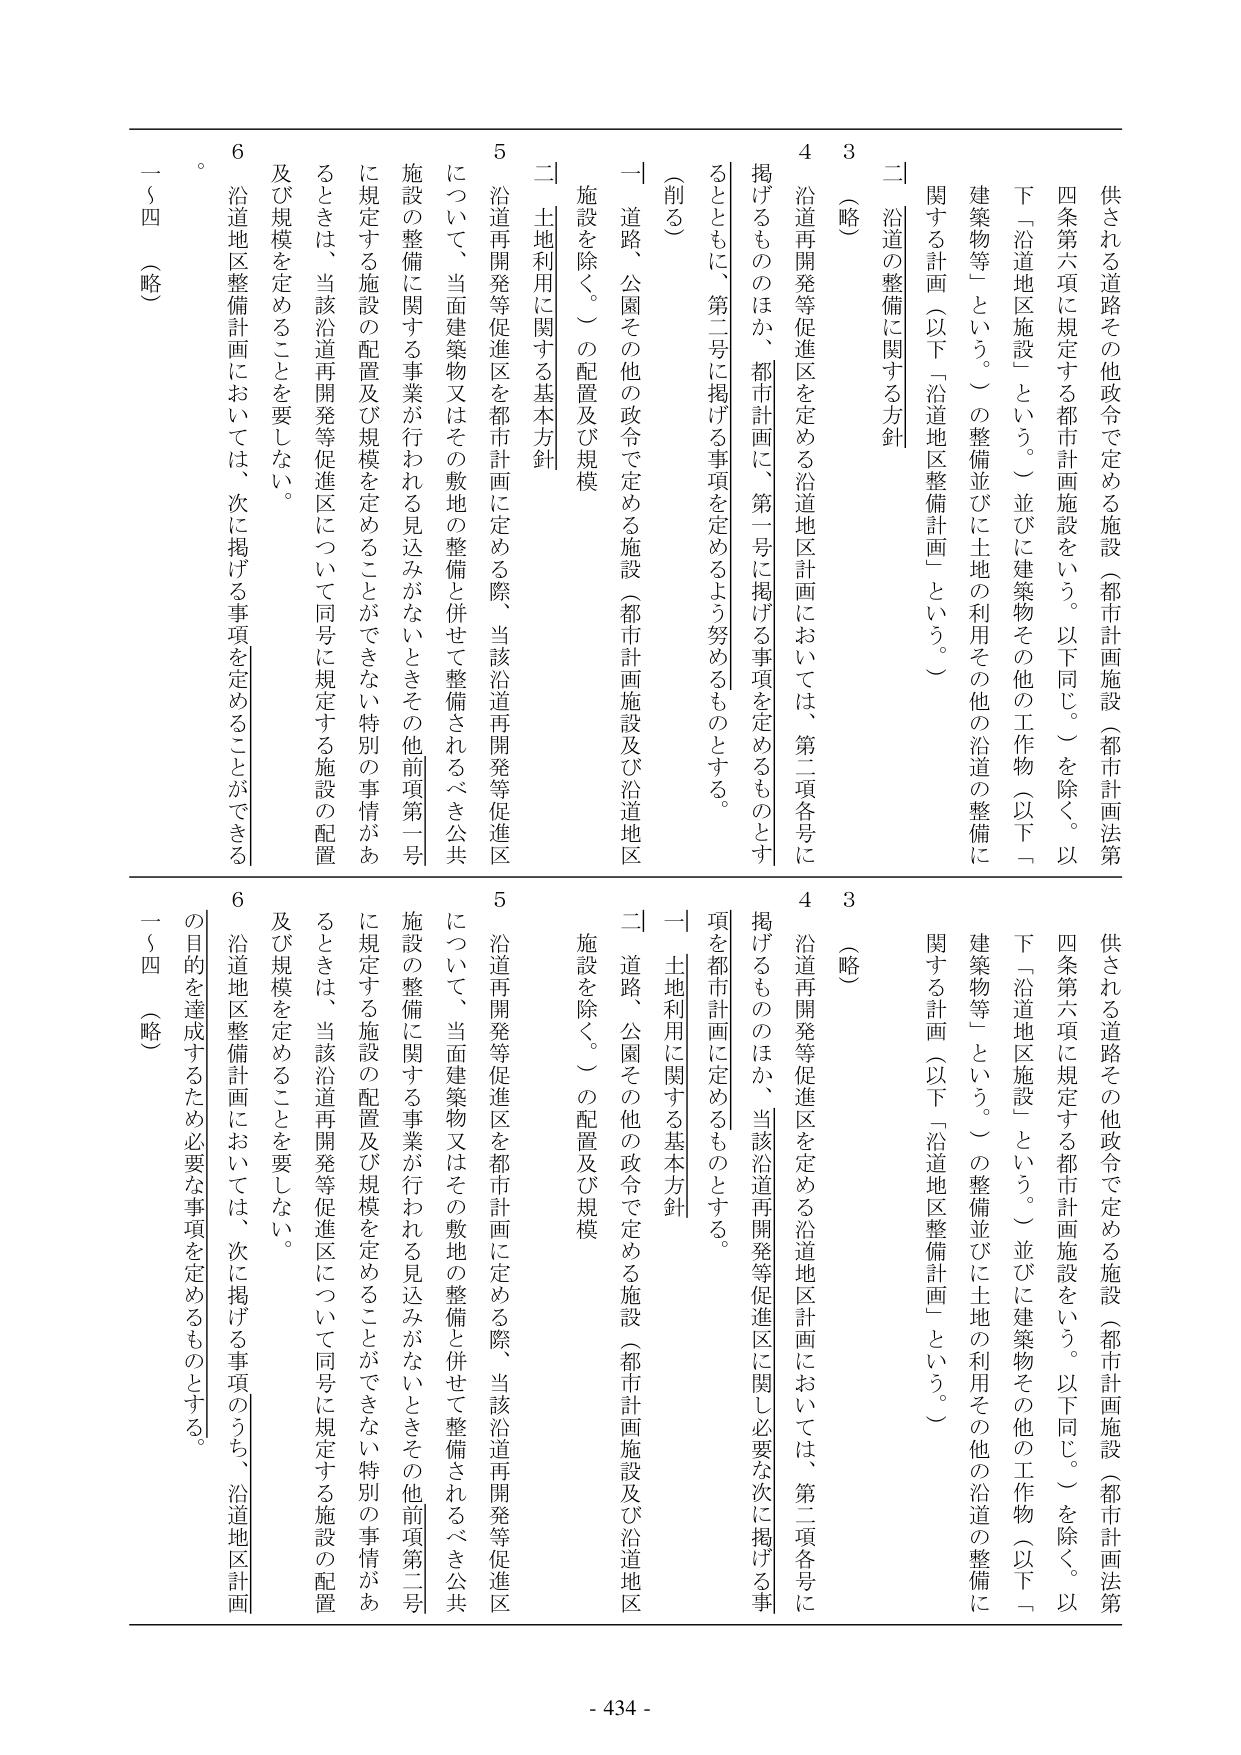
供される道路その他政令で定める施設（都市計画施設（都市計画法第四条第六項に規定する都市計画施設をいう。以下同じ。）を除く。以下「沿道地区施設」という。）並びに建築物その他の工作物（以下「建築物等」という。）の整備並びに土地の利用その他の沿道の整備に関する計画（以下「沿道地区整備計画」という。）

二 沿道の整備に関する方針

3 （略）

4 沿道再開発等促進区を定める沿道地区計画においては、第二項各号に掲げるもののほか、都市計画に、第一号に掲げる事項を定めるものとする。

（削る）

一 道路、公園その他の政令で定める施設（都市計画施設及び沿道地区施設を除く。）の配置及び規模

二 土地利用に関する基本方針

5 沿道再開発等促進区を都市計画に定める際、当該沿道再開発等促進区について、当面建築物又はその敷地の整備と併せて整備されるべき公共施設の整備に関する事業が行われる見込みがないときその他前項第一号に規定する施設の配置及び規模を定めることができない特別の事情があるときは、当該沿道再開発等促進区について同号に規定する施設の配置及び規模を定めることを要しない。

6 沿道地区整備計画においては、次に掲げる事項を定めることができる。

一～四 （略）

供される道路その他政令で定める施設（都市計画施設（都市計画法第四条第六項に規定する都市計画施設をいう。以下同じ。）を除く。以下「沿道地区施設」という。）並びに建築物その他の工作物（以下「建築物等」という。）の整備並びに土地の利用その他の沿道の整備に関する計画（以下「沿道地区整備計画」という。）

二 沿道の整備に関する方針

3 （略）

4 沿道再開発等促進区を定める沿道地区計画においては、第二項各号に掲げるもののほか、当該沿道再開発等促進区に関し必要な次に掲げる事項を都市計画に定めるものとする。

一 土地利用に関する基本方針

二 道路、公園その他の政令で定める施設（都市計画施設及び沿道地区施設を除く。）の配置及び規模

5 沿道再開発等促進区を都市計画に定める際、当該沿道再開発等促進区について、当面建築物又はその敷地の整備と併せて整備されるべき公共施設の整備に関する事業が行われる見込みがないときその他前項第二号に規定する施設の配置及び規模を定めることができない特別の事情があるときは、当該沿道再開発等促進区について同号に規定する施設の配置及び規模を定めることを要しない。

6 沿道地区整備計画においては、次に掲げる事項のうち、沿道地区計画の目的を達成するため必要な事項を定めるものとする。

一～四 （略）

- 434 -